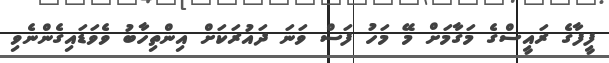
ފީފާގެ ރައީސްގެ މަގާމަށް މޭ މަހު ފަސް ވަނަ ދައުރަކަށް އިންތިހާބު ވެވަޑައިގެންނެވި